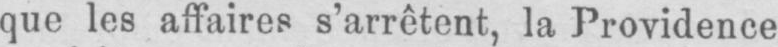
que les affaires s’arrêtent, la Providence